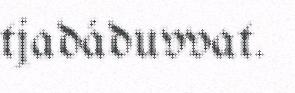
tjadáduvvat.